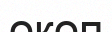
окоп